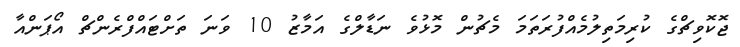
ޖޮކޮވިޗްގެ ކުރިމަތިލުމެއްފުރަތަމަ މެޗުން މޮޅުވެ ނަޑާލްގެ އަމާޒު 10 ވަނަ ތަށްޓައްފްރެންޗް އޯޕަންއާ